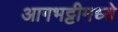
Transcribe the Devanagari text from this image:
आगभट्टीमध्ये